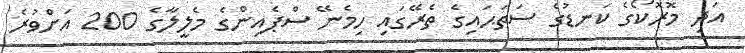
އަދި މޮރޮކޯގެ ކަނޑުގެ ސަތަޙައިގެ ތެރޭގައި ހިމެނޭ ސްޕެއިންގެ މެލީލާގެ 200 އަށްވުރެ